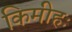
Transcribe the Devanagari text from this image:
किमीहः